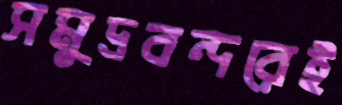
সমুদ্রবন্দরেই